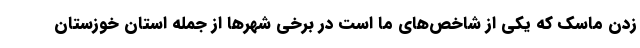
زدن ماسک که یکی از شاخص‌های ما است در برخی شهرها از جمله استان خوزستان